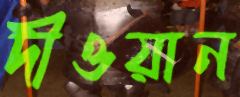
দীওয়ান